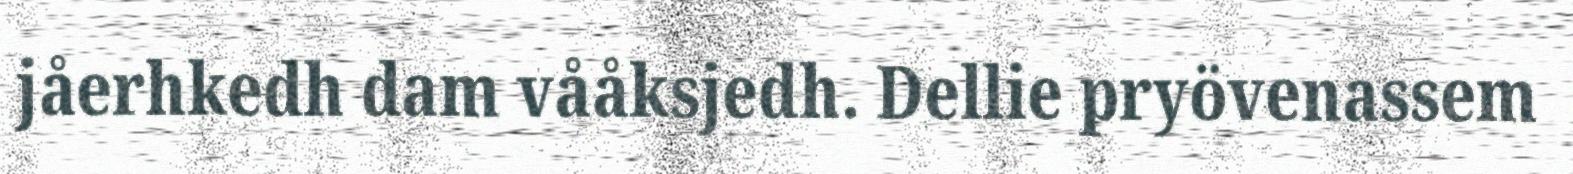
jåerhkedh dam vååksjedh. Dellie pryövenassem